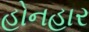
હોનહાર